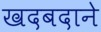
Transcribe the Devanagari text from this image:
खदबदाने